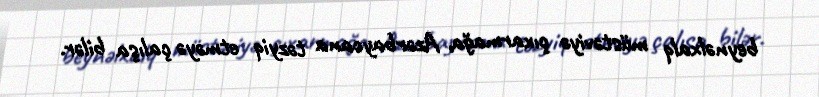
beynəlxalq müstəviyə çıxarmağa, Azərbaycana təzyiq etməyə çalışa bilər.